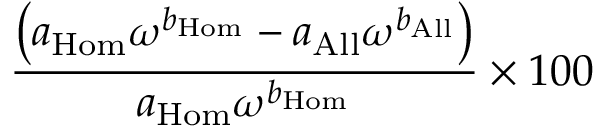
\displaystyle \frac { \left( a _ { \mathrm { H o m } } \omega ^ { b _ { \mathrm { H o m } } } - a _ { \mathrm { A l l } } \omega ^ { b _ { \mathrm { A l l } } } \right) } { a _ { \mathrm { H o m } } \omega ^ { b _ { \mathrm { H o m } } } } \times 1 0 0